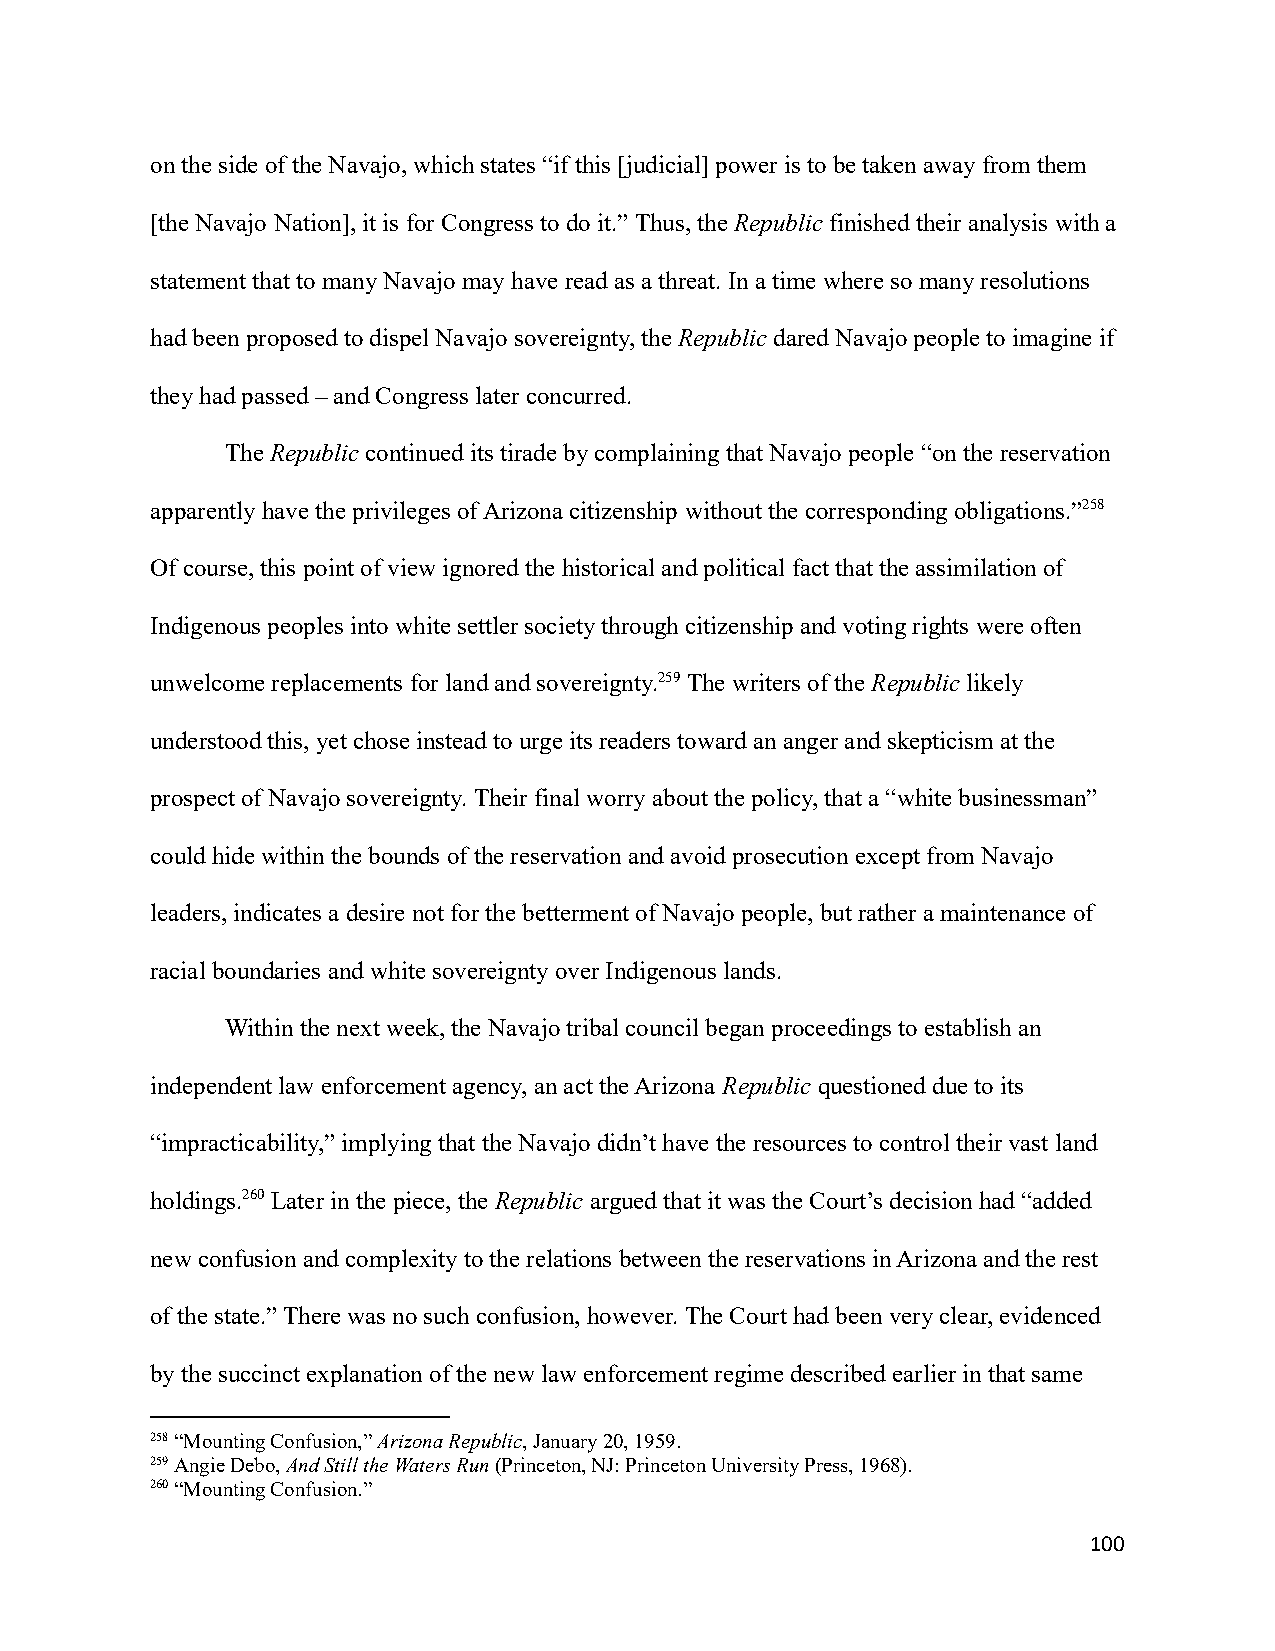
on the side of the Navajo, which states “if this [judicial] power is to be taken away from them
 [the Navajo Nation], it is for Congress to do it.”Thus, theRepublicfinished their analysis with a
 statement that to many Navajo may have read as a threat. In a time where so many resolutions
 had been proposed to dispel Navajo sovereignty, theRepublicdared Navajo people to imagine if
 they had passed – and Congress later concurred.
 TheRepubliccontinued its tirade by complainingthat Navajo people “on the reservation
 apparently have the privileges of Arizona citizenship without the corresponding obligations.”258
 Of course, this point of view ignored the historicaland political fact that the assimilation of
 Indigenous peoples into white settler society throughcitizenship and voting rights were often
 unwelcome replacements for land and sovereignty.259The writers of theRepubliclikely
 understood this, yet chose instead to urge its readerstoward an anger and skepticism at the
 prospect of Navajo sovereignty. Their final worry about the policy, that a “white businessman”
 could hide within the bounds of the reservation andavoid prosecution except from Navajo
 leaders, indicates a desire not for the bettermentof Navajo people, but rather a maintenance of
 racial boundaries and white sovereignty over Indigenouslands.
 Within the next week, the Navajo tribal council beganproceedings to establish an
 independent law enforcement agency, an act the Arizona Republicquestioned due to its
 “impracticability,” implying that the Navajo didn’thave the resources to control their vast land
 holdings.260Later in the piece, theRepublicarguedthat it was the Court’s decision had “added
 new confusion and complexity to the relations betweenthe reservations in Arizona and the rest
 of the state.” There was no such confusion, however. The Court had been very clear, evidenced
 by the succinct explanation of the new law enforcementregime described earlier in that same
 258“Mounting Confusion,”Arizona Republic, January 20,1959.
 259Angie Debo,And Still the Waters Run(Princeton,NJ: Princeton University Press, 1968).
 260“Mounting Confusion.”
 100